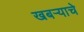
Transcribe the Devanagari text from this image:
खबर्‍याचे